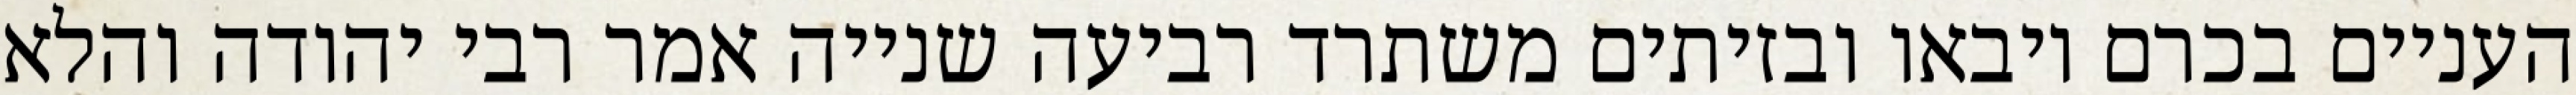
העניים בכרם ויבאו ובזיתים משתרד רביעה שנייה אמר רבי יהודה והלא